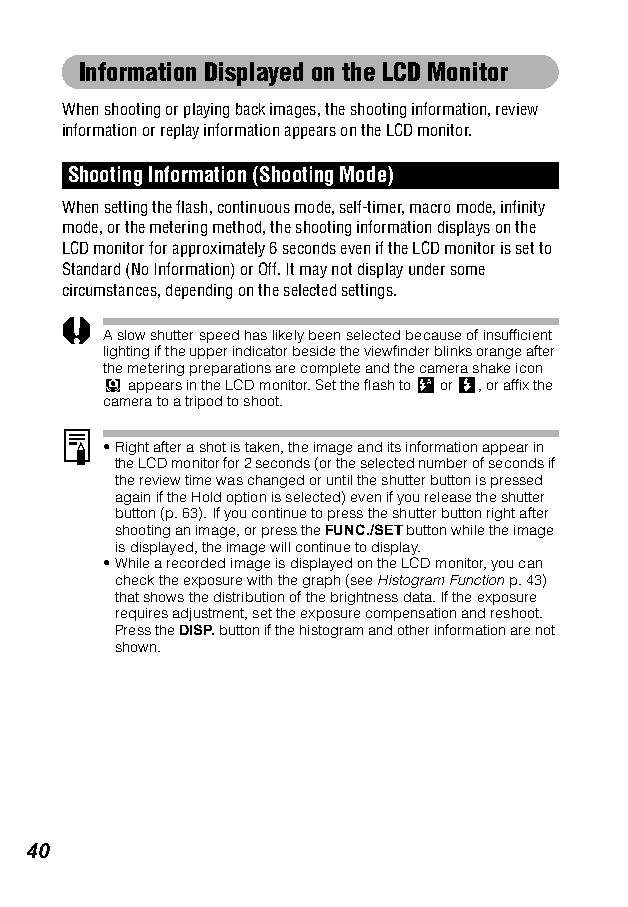
Information Displayed on the LCD Monitor
 When shooting or playing back images, the shooting information, review
 information or replay information appears on the LCD monitor.
 Shooting Information (Shooting Mode)
 When setting the flash, continuous mode, self-timer, macro mode, infinity
 mode, or the metering method, the shooting information displays on the
 LCD monitor for approximately 6 seconds even if the LCD monitor is set to
 Standard (No Information) or Off. It may not display under some
 circumstances, depending on the selected settings.
 A slow shutter speed has likely been selected because of insufficient
 lighting if the upper indicator beside the viewfinder blinks orange after
 the metering preparations are complete and the camera shake icon
 appears in the LCD monitor. Set the flash to or , or affix the
 camera to a tripod to shoot.
 •Right after a shot is taken, the image and its information appear in
 the LCD monitor for 2 seconds (or the selected number of seconds if
 the review time was changed or until the shutter button is pressed
 again if the Hold option is selected) even if you release the shutter
 button (p. 63). If you continue to press the shutter button right after
 shooting an image, or press the FUNC./SET button while the image
 is displayed, the image will continue to display.
 •While a recorded image is displayed on the LCD monitor, you can
 check the exposure with the graph (see Histogram Function p. 43)
 that shows the distribution of the brightness data. If the exposure
 requires adjustment, set the exposure compensation and reshoot.
 Press the DISP. button if the histogram and other information are not
 shown.
 40